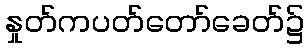
နှုတ်ကပတ်တော်ခေတ်၌